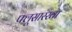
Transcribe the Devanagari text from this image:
फ्लूसारखा